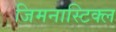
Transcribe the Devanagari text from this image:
जिमनास्टिक्ल